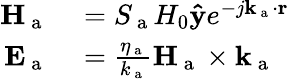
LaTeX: \begin{array}{rl}{\mathbf{H}_{\mathrm{~a~}}}&{{}=S_{\mathrm{~a~}}H_{0}\mathbf{\hat{y}}e^{-j\mathbf{k}_{\mathrm{~a~}}\cdot\mathbf{r}}}\\ {\mathbf{E}_{\mathrm{~a~}}}&{{}=\frac{\eta_{\mathrm{~a~}}}{k_{\mathrm{~a~}}}\mathbf{H}_{\mathrm{~a~}}\times\mathbf{k}_{\mathrm{~a~}}}\end{array}